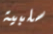
سلبية